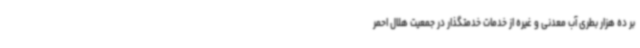
بر ده هزار بطری آب معدنی و غیره از خدمات خدمتگذار در جمعیت هلال احمر